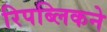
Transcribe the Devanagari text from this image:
रिपब्लिकने